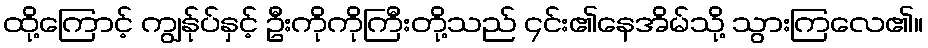
ထို့ကြောင့် ကျွန်ုပ်နှင့် ဦးကိုကိုကြီးတို့သည် ၄င်း၏နေအိမ်သို့ သွားကြလေ၏။